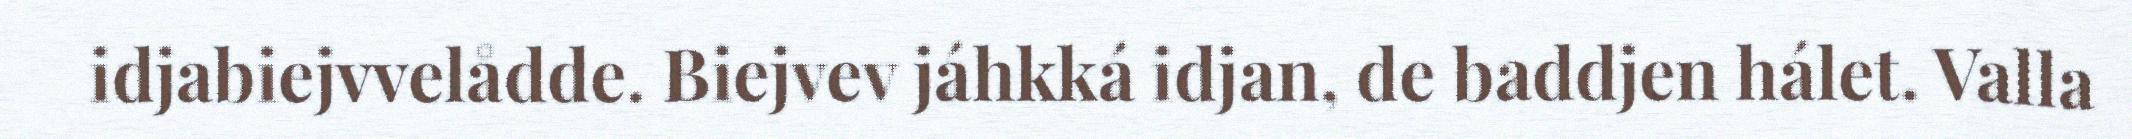
idjabiejvvelådde. Biejvev jáhkká idjan, de baddjen hálet. Valla